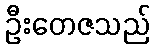
ဦးတေဇသည်